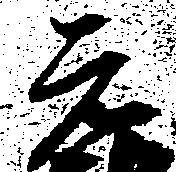
元